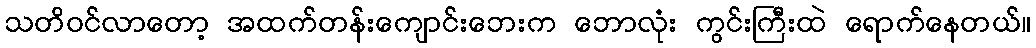
သတိဝင်လာတော့ အထက်တန်းကျောင်းဘေးက ဘောလုံး ကွင်းကြီးထဲ ရောက်နေတယ်။